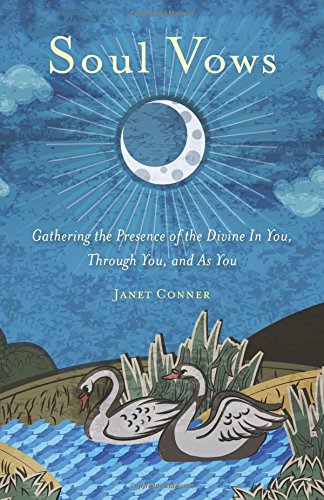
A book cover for Soul Vows: Gathering the Presence of the Divine In You, Through You, and As You; Janet Conner; Self-Help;